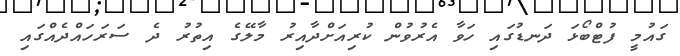
ގައުމީ ފުޓްބޯޅަ ދަނޑުގައި ހަވާ އެރުވުން ކުރިއަށްދާއިރު މާލޭގެ އިތުރު ދެ ސަރަހައްދެއްގައި